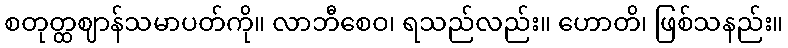
စတုတ္ထဈာန်သမာပတ်ကို။ လာဘီစေဝ၊ ရသည်လည်း။ ဟောတိ၊ ဖြစ်သနည်း။